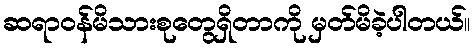
ဆရာဝန်မိသားစုတွေရှိတာကို မှတ်မိခဲ့ပါတယ်။